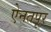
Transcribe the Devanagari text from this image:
ऐनतपूर